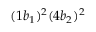
( 1 b _ { 1 } ) ^ { 2 } ( 4 b _ { 2 } ) ^ { 2 }